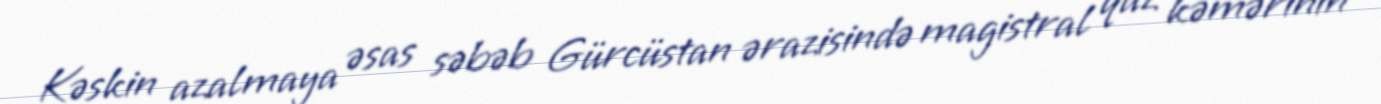
Kəskin azalmaya əsas səbəb Gürcüstan ərazisində magistral qaz kəmərinin